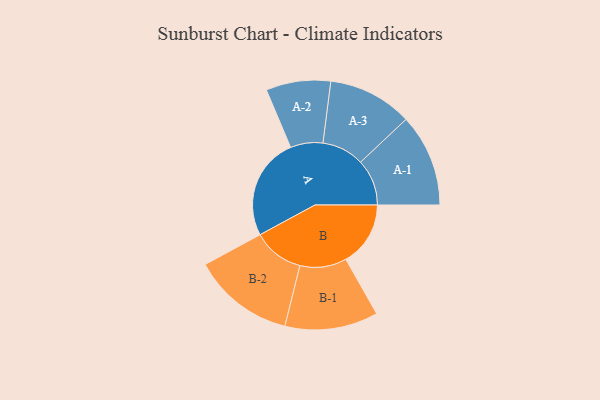
{"axis": {"x": "Segment", "y": "Value"}, "legend": ["", "A", "B"], "data": [{"x": "A", "y": 351, "type": ""}, {"x": "B", "y": 222, "type": ""}, {"x": "A-1", "y": 159, "type": "A"}, {"x": "A-2", "y": 111, "type": "A"}, {"x": "A-3", "y": 145, "type": "A"}, {"x": "B-1", "y": 160, "type": "B"}, {"x": "B-2", "y": 175, "type": "B"}]}